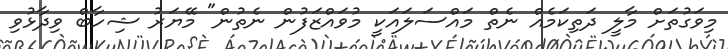
މިވަގުތަށް މާލީ ދަތިކަމެއް ނެތް މައްސަލައަކީ މުވައްޒަފުން ނެތުން" މޭޔަރު ޝިހާބް ވިދާޅުވި